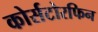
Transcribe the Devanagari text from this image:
कोर्सटोरफिन